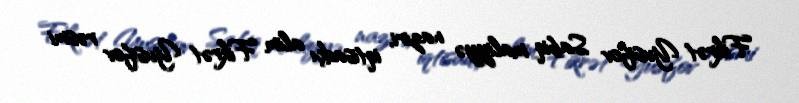
Fikrət Yusifov Sabiq maliyyə naziri, iqtisadçı alim Fikrət Yusifov rəsmi